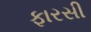
ફારસી